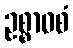
ဥစ္စာဝစံ